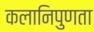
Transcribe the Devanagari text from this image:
कलानिपुणता